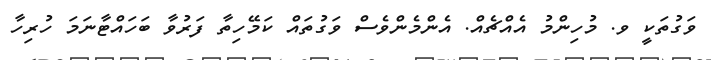
ވަގުތަކީ ވ. މުހިންމު އެއްޗެއް. އެންމެންވެސް ވަގުތައް ކަމޭހިތާ ފަރުވާ ބަހައްޓާނަމަ ހުރިހާ